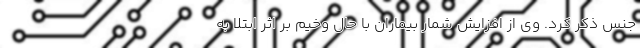
جنس ذکر کرد. وی از افزایش شمار بیماران با حال وخیم بر اثر ابتلا به